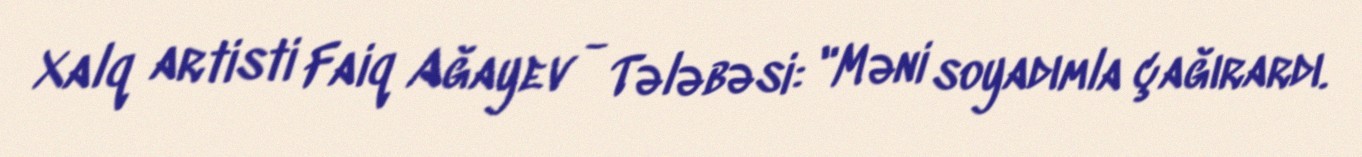
Xalq artisti Faiq Ağayev - Tələbəsi: "Məni soyadımla çağırardı.